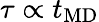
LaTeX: \tau\propto t_{\mathrm{MD}}